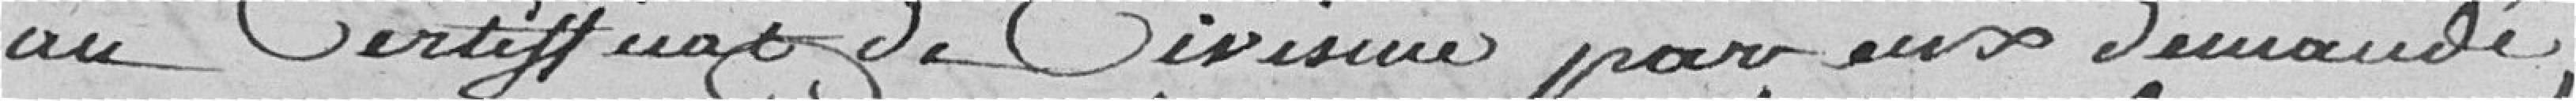
au Certificat de Civisme par eux demandé